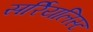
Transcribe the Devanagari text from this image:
सर्रियलिस्ट